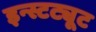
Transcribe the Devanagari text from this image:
इन्स्टट्यूट